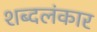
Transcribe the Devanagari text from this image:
शब्दलंकार